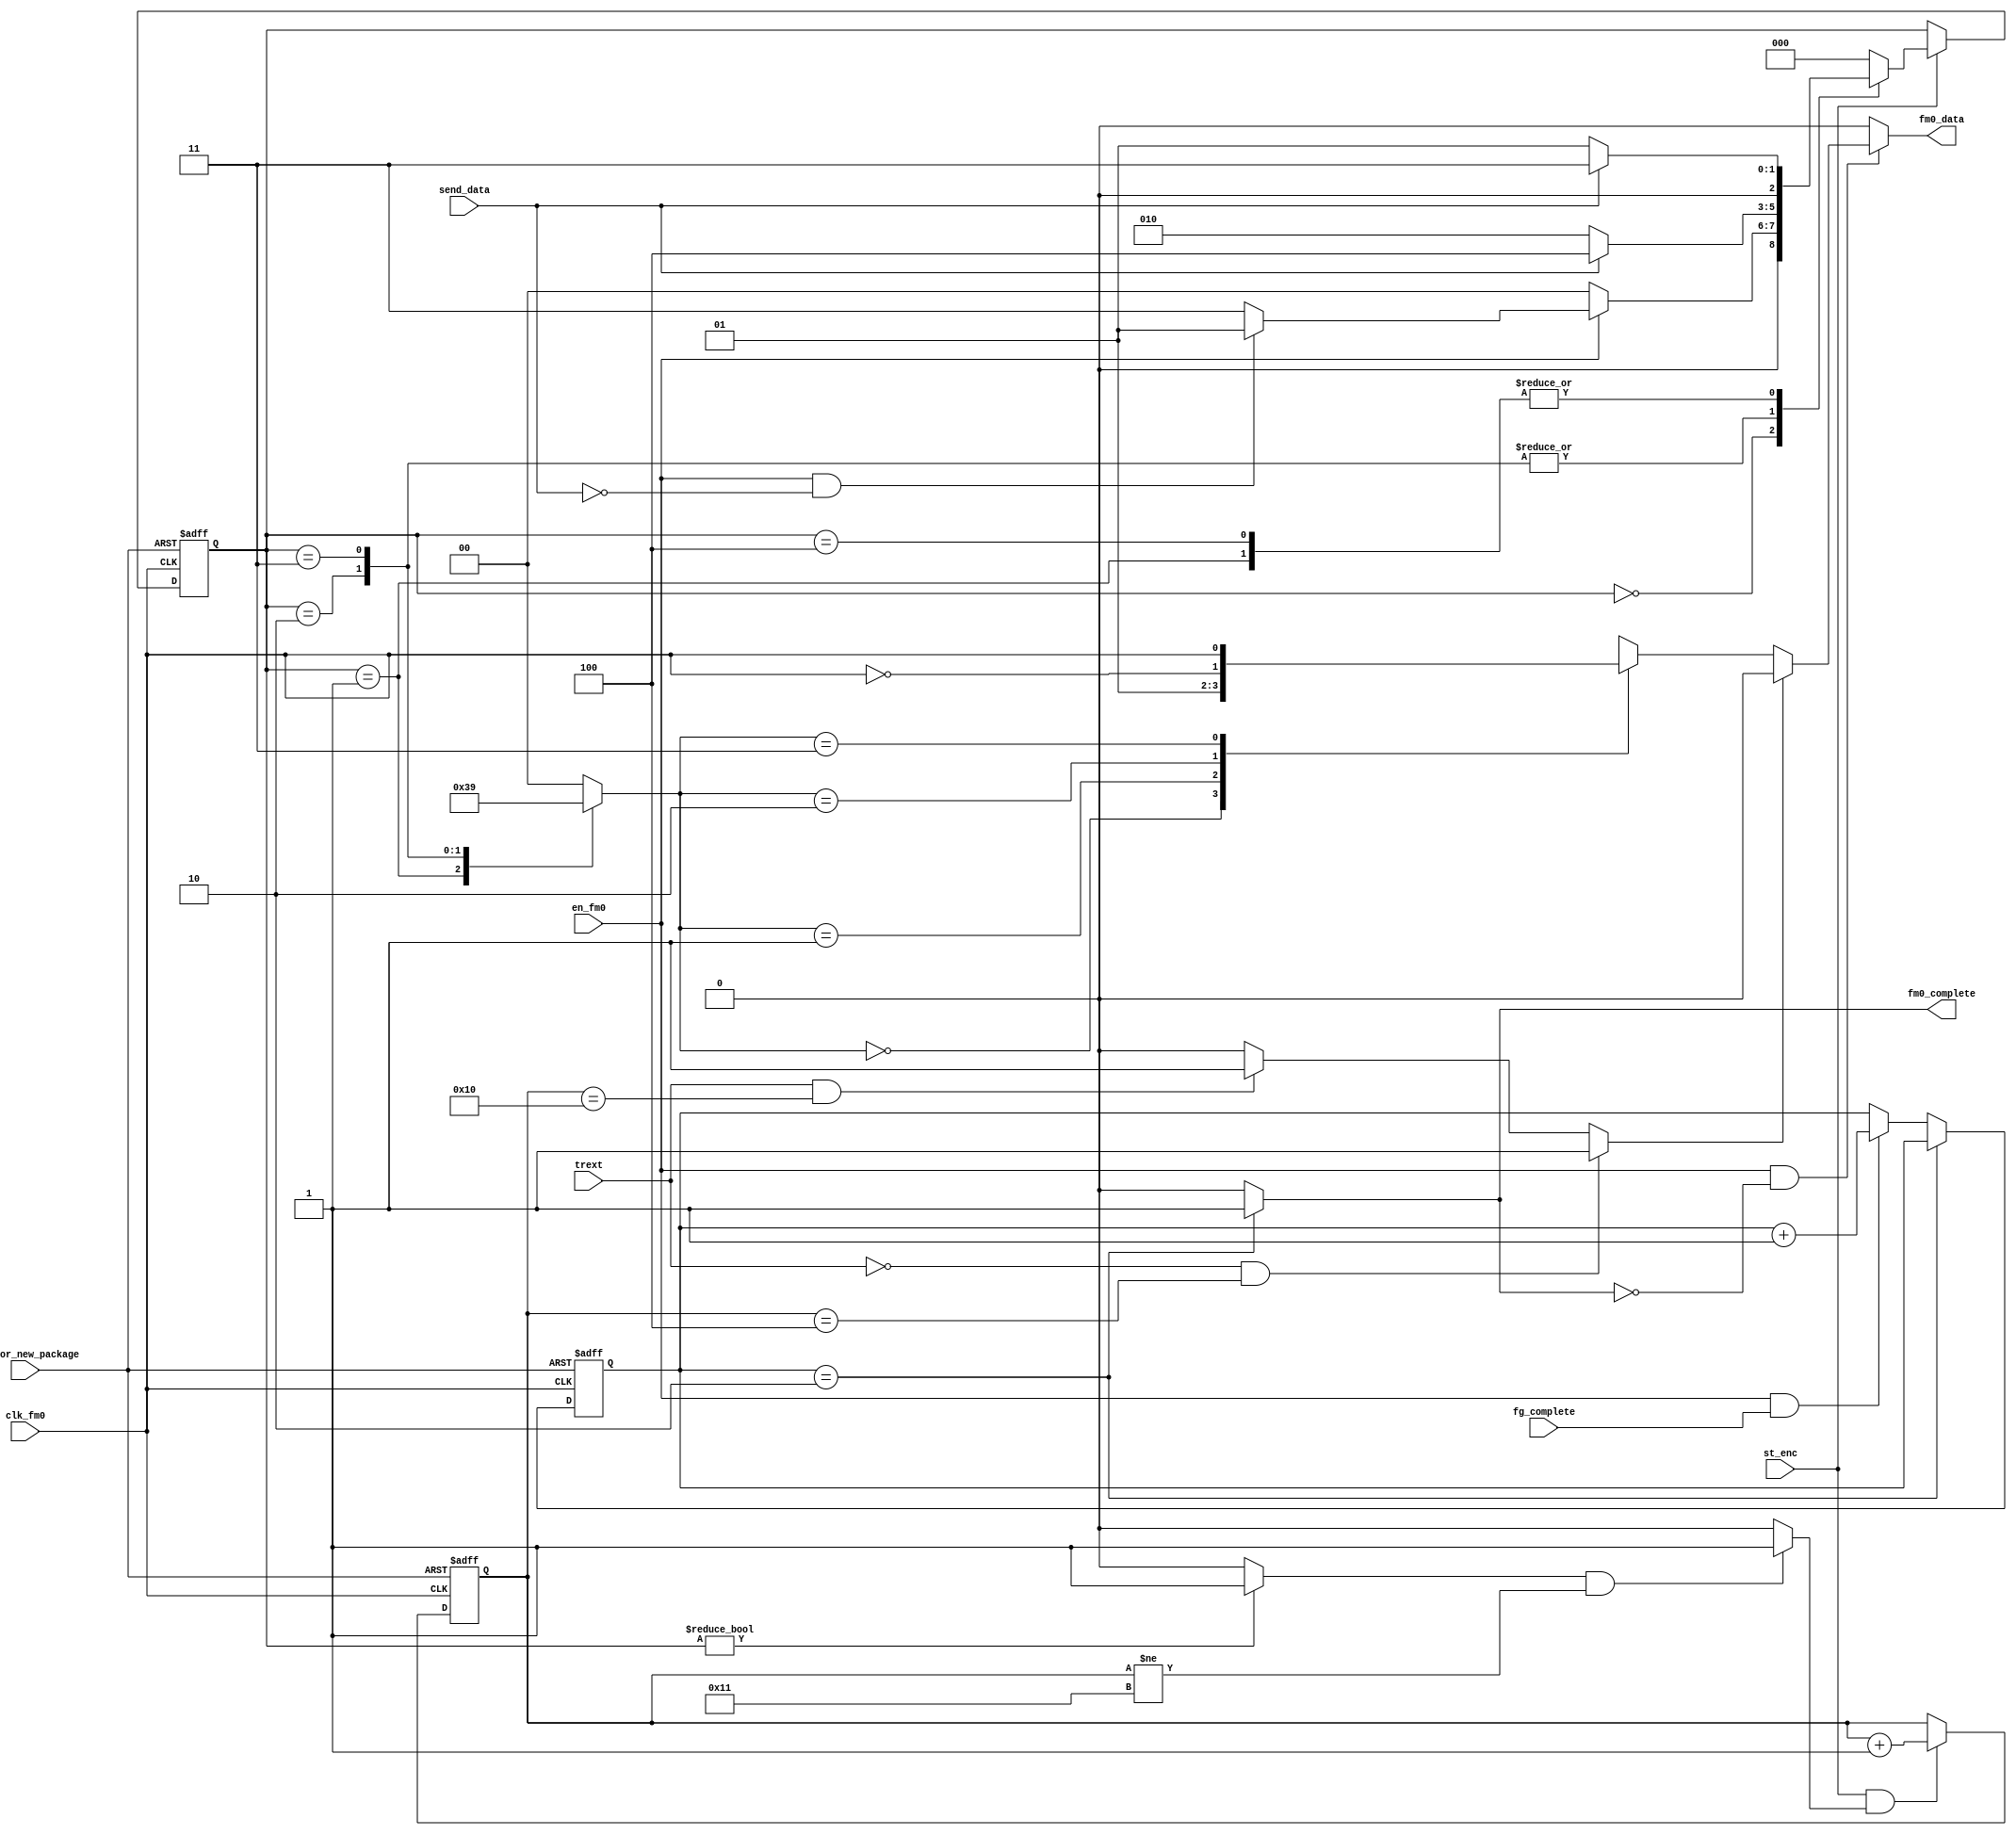
module fm0_enc
(
output fm0_data,
output fm0_complete,
input clk_fm0,
input rst_for_new_package,
input send_data,
input en_fm0,
input trext,
input st_enc,
input fg_complete
);


parameter GetData = 3'b000;
parameter Data0p  = 3'b001;
parameter Data0n  = 3'b010;
parameter Data1p  = 3'b011;
parameter Data1n  = 3'b100;


reg [2:0]ps;		// present state
reg [2:0]ns;		// next state

wire clk_fm0_n;
wire en_vcnt;		// enable V counter
wire start_enc;		// start FM0 encoding
wire send_v;		// send V
wire m2o;		// output of MUX 2

reg [1:0]data_select;
reg m1o;		// output of MUX 1
reg [4:0]v_cnt;		// V coumter
reg [1:0]fg_comp_cnt;


assign clk_fm0_n = ~clk_fm0;

assign start_enc = (ps != GetData)? 1'b1 : 1'b0;

assign en_vcnt = (start_enc & (v_cnt != 5'h11))? 1'b1 : 1'b0;

assign send_v = (~trext & (v_cnt == 5'h04))? 1'b1 :
			   (trext & (v_cnt == 5'h10))? 1'b1 : 1'b0;
			   
assign m2o = send_v? 1'b0 : m1o;

assign fm0_data = (en_fm0 & ~fm0_complete)? m2o : 1'b0;


always@(posedge clk_fm0 or negedge rst_for_new_package) begin
	if(~rst_for_new_package) ps <= GetData;
	else if(st_enc) ps <= ns;
end

always@(*) begin
	case(ps)
		GetData : if(~en_fm0) ns = GetData;
				  else if(en_fm0 & (~send_data)) ns = Data0p;
				  else ns = Data1p;
		Data0p  : if(~send_data) ns = Data0p;
				  else ns = Data1p;
		Data0n	: if(~send_data) ns = Data0n;
				  else ns = Data1n;
		Data1p	: if(~send_data) ns = Data0n;
				  else ns = Data1n;
		Data1n	: if(~send_data) ns = Data0p;
				  else ns = Data1p;
		default : ns = GetData;
	endcase
end

always@(*) begin
	case(ps)
		GetData : data_select = 2'h0;
		Data0p	: data_select = 2'h3;
		Data0n	: data_select = 2'h2;
		Data1p	: data_select = 2'h1;
		Data1n	: data_select = 2'h0;
		default : data_select = 2'h0;
	endcase
end

always@(*) begin
	case(data_select)
		2'h0 : m1o = 1'b0;
		2'h1 : m1o = 1'b1;
		2'h2 : m1o = clk_fm0_n;
		2'h3 : m1o = clk_fm0;
	endcase
end

always@(posedge clk_fm0 or negedge rst_for_new_package) begin
	if(~rst_for_new_package) v_cnt <= 5'h00;
	else begin
		if(st_enc & en_vcnt) v_cnt <= v_cnt + 5'h01;
	end
end

always@(posedge clk_fm0 or negedge rst_for_new_package) begin
	if(~rst_for_new_package) fg_comp_cnt <= 2'b0;
	else begin
		if(fg_comp_cnt == 2'b10) fg_comp_cnt <= fg_comp_cnt;
		else if(en_fm0 & fg_complete) fg_comp_cnt <= fg_comp_cnt + 2'b1;
	end
end

assign fm0_complete = (fg_comp_cnt == 2'b10)? 1'b1 : 1'b0;


endmodule